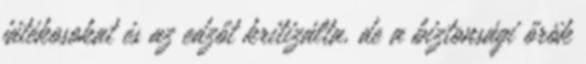
játékosokat és az edzőt kritizálta, de a biztonsági őrök